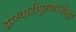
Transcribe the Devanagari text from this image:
द्वारवाटीपुरवारधीश्वर